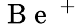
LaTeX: \mathrm{~B~e~}^{\mathrm{~+~}}